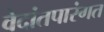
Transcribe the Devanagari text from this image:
वेदांतपारंगत